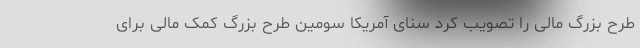
طرح بزرگ مالی را تصویب کرد سنای آمریکا سومین طرح بزرگ کمک مالی برای